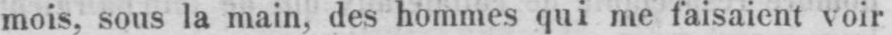
mois, sous la main, des hommes qui me faisaient voir